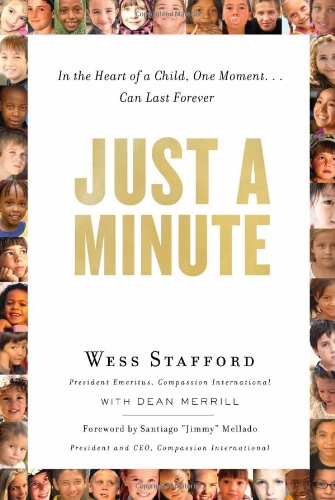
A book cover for Just a Minute: In the Heart of a Child, One Moment ... Can Last Forever.; Wess Stafford; Christian Books & Bibles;